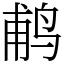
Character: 𬷕